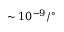
\sim 1 0 ^ { - 9 } / { } ^ { \circ }